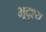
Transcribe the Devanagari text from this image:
भूदृश्‍य